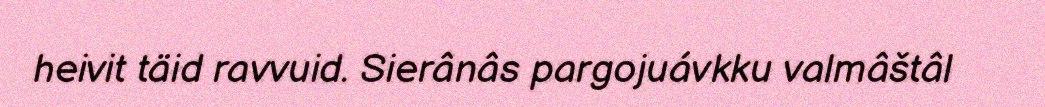
heivit täid ravvuid. Sierânâs pargojuávkku valmâštâl